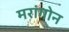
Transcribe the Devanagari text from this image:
मरांगोन